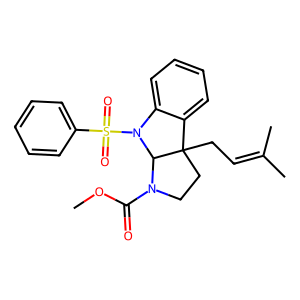
SMILES: COC(=O)N1CCC2(CC=C(C)C)c3ccccc3N(S(=O)(=O)c3ccccc3)C12
Inhibits HIV replication: No